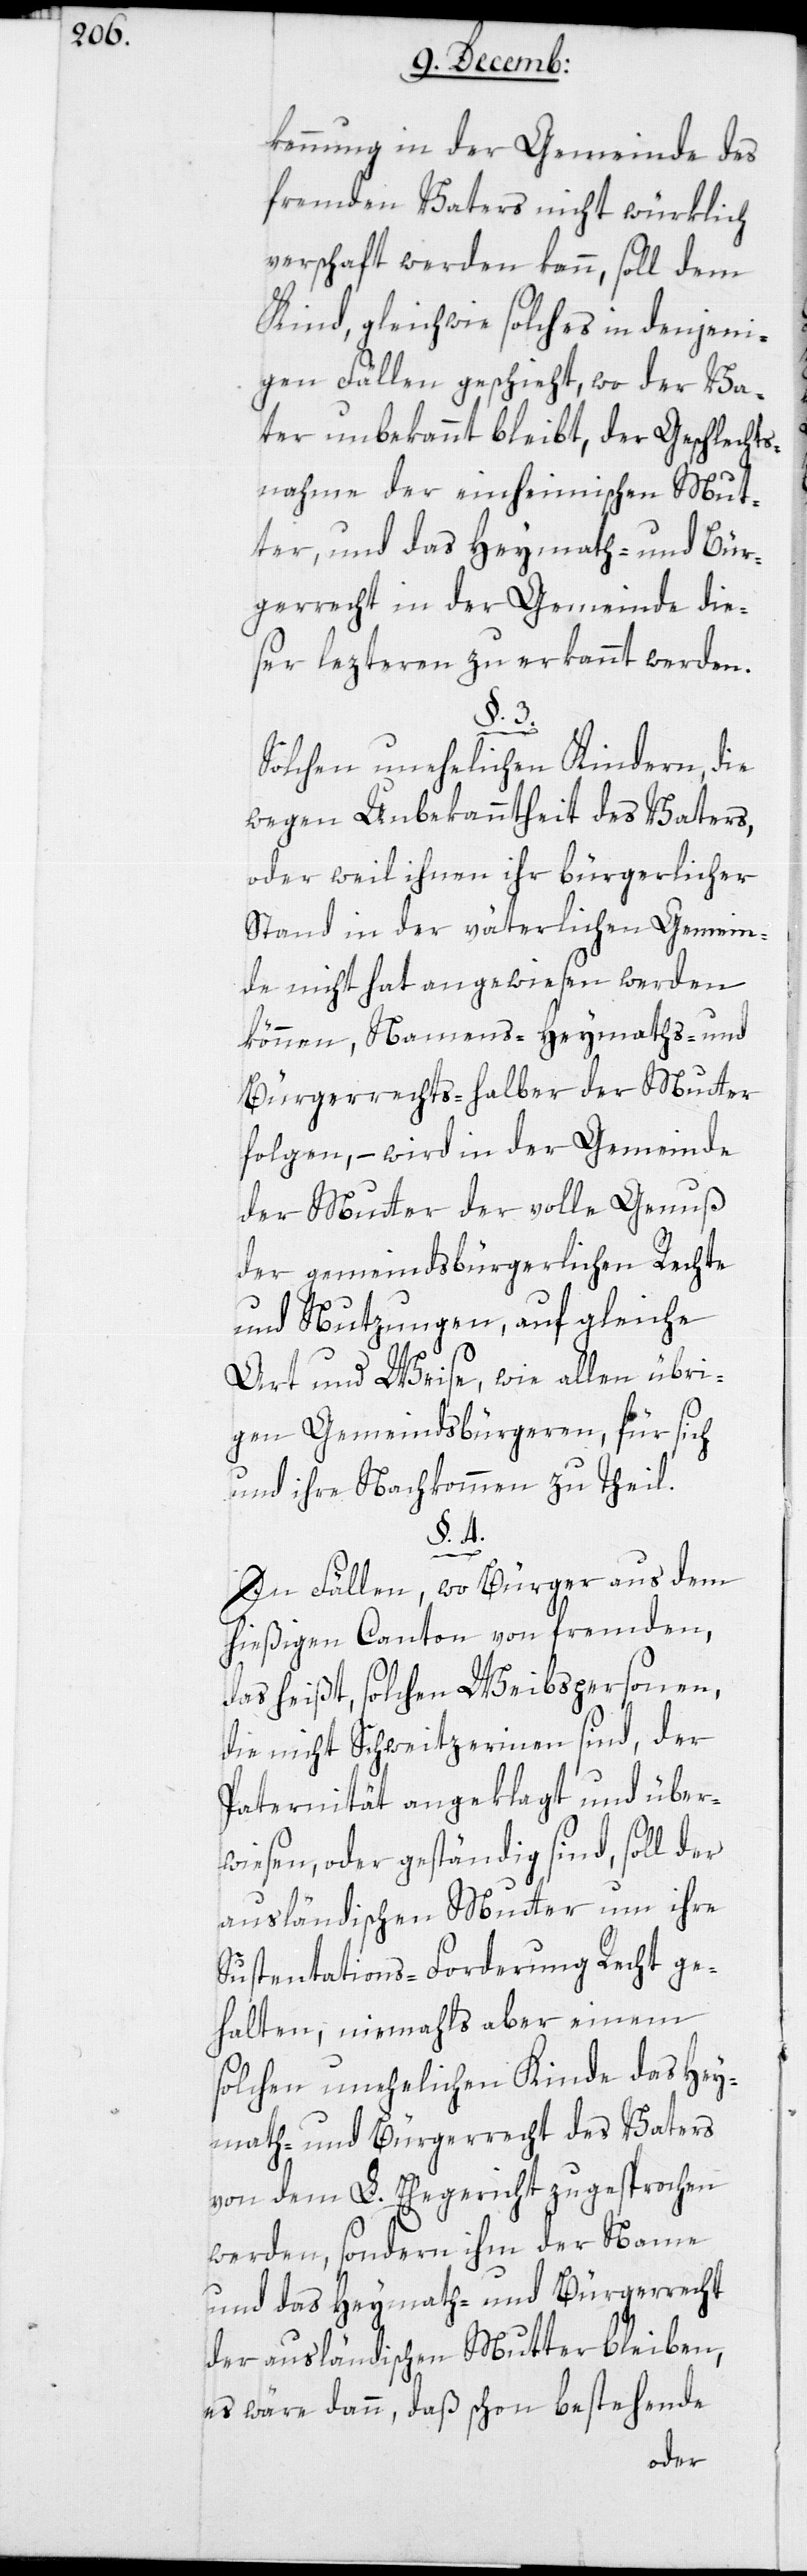
kennung in der Gemeinde des
fremden Vaters nicht würklich
verschafft werden kann, soll dem
Kind, gleichwie solches in denjeni¬
gen Fällen geschieht, wo der Va¬
ter unbekannt bleibt, der Geschlechts¬
nahme der einheimischen Mut¬
ter, und das Heymath- und Bür¬
gerrrecht in der Gemeinde die¬
ser lezteren zu erkannt werden.
§. 3.
Solchen unehelichen Kindern, die
wegen Unbekanntheit des Vaters,
oder weil ihnen ihr bürgerlicher
Stand in der väterlichen Gemein¬
de nicht hat angewiesen werden
können, Namens-[,] Heymaths- und
Bürgerrechts-halber der Mutter
folgen, – wird in der Gemeinde
der Mutter der volle Genuß
der gemeindsbürgerlichen Rechte
und Nutzungen, auf gleiche
Art und Weise, wie allen übri¬
gen Gemeindsbürgeren, für sich
und ihr Nachkommen zutheil.
§. 4.
In Fällen, wo Bürger aus dem
hießigen Canton von fremden,
das heißt solchen Weibspersonen,
die nicht Schweitzerinnen sind, der
Paternität angeklagt und über¬
wiesen, oder geständig sind, soll der
ausländischen Mutter um ihre
Suspentation-Forderung Recht ge¬
halten, niemahls aber einem
solchen unehelichen Kinde das Hey¬
math- und Bürgerrecht des Vaters
von dem L. Ehegericht zugesprochen
werden, sondern ihm der Name
und das Heymath- und Bürgerrecht
der ausländischen Mutter bleiben,
es wäre dann, daß schon bestehende